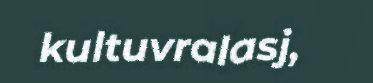
kultuvralasj,